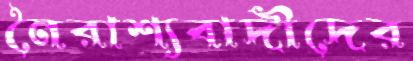
নৈরাশ্যবাদীদের